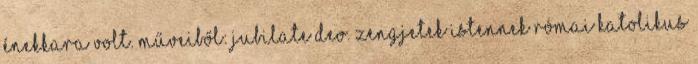
énekkara volt. Műveiből: Jubilate Deo. Zengjetek Istennek Római katolikus